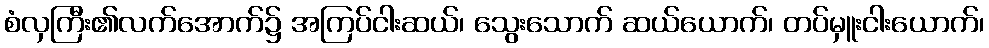
စံလှကြီး၏လက်အောက်၌ အကြပ်ငါးဆယ်၊ သွေးသောက် ဆယ်ယောက်၊ တပ်မှူးငါးယောက်၊